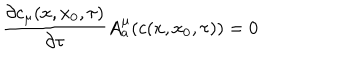
\frac { \partial c _ { \mu } ( x , x _ { 0 } , \tau ) } { \partial \tau } A _ { a } ^ { \mu } ( c ( x , x _ { 0 } , \tau ) ) = 0